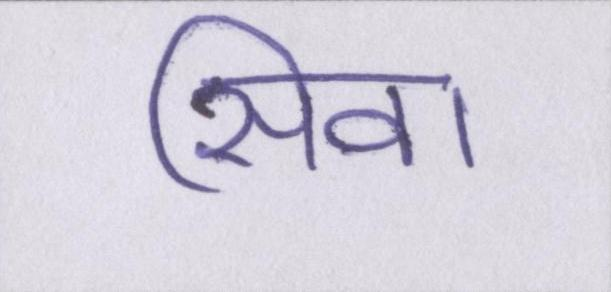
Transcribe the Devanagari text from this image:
सिवा